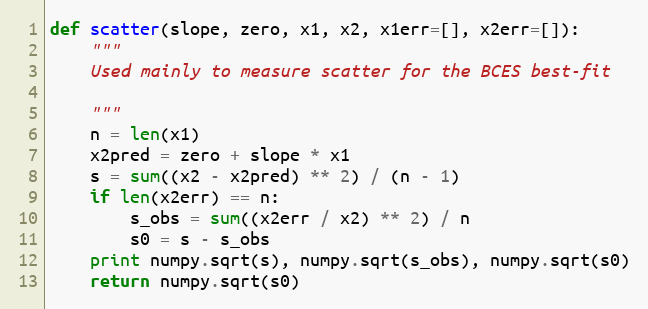
Language: Python
def scatter(slope, zero, x1, x2, x1err=[], x2err=[]):
    """
    Used mainly to measure scatter for the BCES best-fit

    """
    n = len(x1)
    x2pred = zero + slope * x1
    s = sum((x2 - x2pred) ** 2) / (n - 1)
    if len(x2err) == n:
        s_obs = sum((x2err / x2) ** 2) / n
        s0 = s - s_obs
    print numpy.sqrt(s), numpy.sqrt(s_obs), numpy.sqrt(s0)
    return numpy.sqrt(s0)